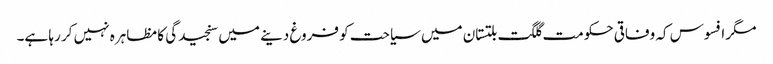
مگر افسوس کہ وفاقی حکومت گلگت بلتستان میں سیاحت کو فروغ دینے میں سنجیدگی کا مظاہرہ نہیں کر رہا ہے۔